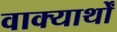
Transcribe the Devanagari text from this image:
वाक्यार्थों